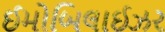
ઈમોબિલાઈઝર